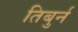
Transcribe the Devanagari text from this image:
तिबुर्न